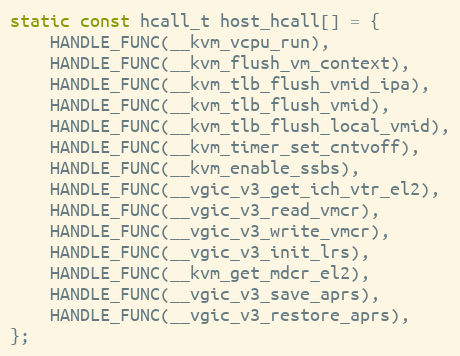
Language: C
static const hcall_t host_hcall[] = {
	HANDLE_FUNC(__kvm_vcpu_run),
	HANDLE_FUNC(__kvm_flush_vm_context),
	HANDLE_FUNC(__kvm_tlb_flush_vmid_ipa),
	HANDLE_FUNC(__kvm_tlb_flush_vmid),
	HANDLE_FUNC(__kvm_tlb_flush_local_vmid),
	HANDLE_FUNC(__kvm_timer_set_cntvoff),
	HANDLE_FUNC(__kvm_enable_ssbs),
	HANDLE_FUNC(__vgic_v3_get_ich_vtr_el2),
	HANDLE_FUNC(__vgic_v3_read_vmcr),
	HANDLE_FUNC(__vgic_v3_write_vmcr),
	HANDLE_FUNC(__vgic_v3_init_lrs),
	HANDLE_FUNC(__kvm_get_mdcr_el2),
	HANDLE_FUNC(__vgic_v3_save_aprs),
	HANDLE_FUNC(__vgic_v3_restore_aprs),
};